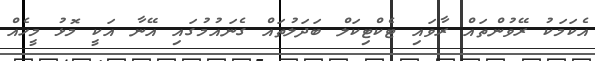
އެކަމަކު ރޭވުންތައް ރާވައި ޓެކްޓިކަލް ބަދަލުތައް ގެނައުމުގައި އޭނާ އަކީ މޮޅު މީހެއް